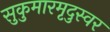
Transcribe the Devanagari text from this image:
सुकुमारमृदुस्वर